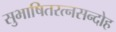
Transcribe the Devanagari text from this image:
सुभाषितरत्नसन्दोह